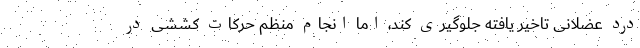
درد عضلانی تاخیر یافته جلوگیری کند، اما انجام منظم حرکات کششی در